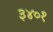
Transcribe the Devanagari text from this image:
३४०१